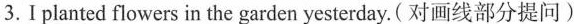
3.Iplanted flowers in the garden yesterday.(对画线部分提问)